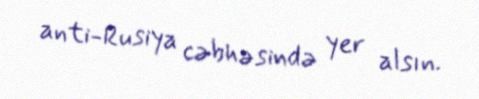
anti-Rusiya cəbhəsində yer alsın.